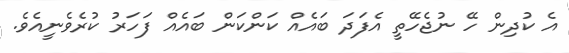
އެ ކުދިން ހޭ ނުޖެހޭތީ އެފަދަ ބައެއް ކަންކަން ބައެއް ފަހަރު ކުރެވެނީއެވެ.